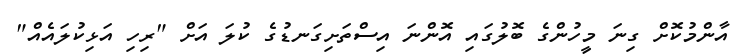
އާންމުކޮށް ގިނަ މީހުންގެ ބޮލުގައި އޮންނަ އިސްތަށިގަނޑުގެ ކުލަ އަށް "ރިހި އަޅިކުލައެއް"